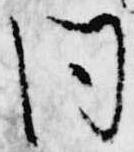
同